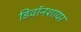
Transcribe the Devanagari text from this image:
डिवॉनशायर